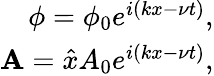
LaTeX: \begin{array}{r}{\phi=\phi_{0}e^{i\left(kx-\nu t\right)},}\\ {\mathbf{A}=\hat{x}A_{0}e^{i\left(kx-\nu t\right)},}\end{array}